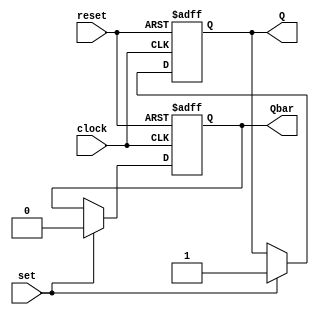
module SR_FF (input wire clock, input wire reset, input wire set, output reg Q, output reg Qbar);

always @(posedge clock or posedge reset)
begin
    if (reset)
    begin
        Q <= 0;
        Qbar <= 1;
    end
    else if (set)
    begin
        Q <= 1;
        Qbar <= 0;
    end
end

endmodule